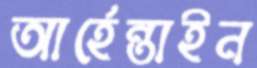
আর্হেন্তাইন